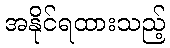
အနိုင်ရထားသည့်